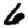
Digit: 6